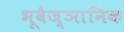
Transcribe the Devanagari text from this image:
भूवैज्ञानिक